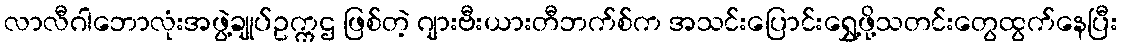
လာလီဂါဘောလုံးအဖွဲ့ချုပ်ဥက္ကဌ ဖြစ်တဲ့ ဂျားဗီးယားတီဘက်စ်က အသင်းပြောင်းရွှေ့ဖို့သတင်းတွေထွက်နေပြီး